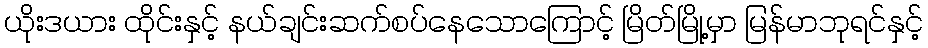
ယိုးဒယား ထိုင်းနှင့် နယ်ချင်းဆက်စပ်နေသောကြောင့် မြိတ်မြို့မှာ မြန်မာဘုရင်နှင့်